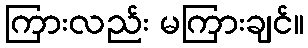
ကြားလည်း မကြားချင်။